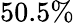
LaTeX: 50.5\%